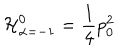
{ \cal H } _ { \alpha = - 1 } ^ { 0 } = { \frac { 1 } { 4 } } p _ { 0 } ^ { 2 }